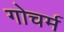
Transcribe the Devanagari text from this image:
गोचर्म